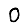
Digit: 0